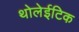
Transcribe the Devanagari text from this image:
थोलेईटिक